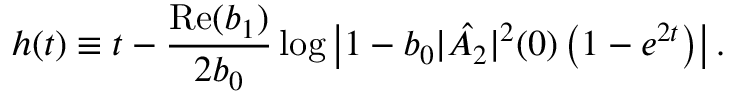
h ( t ) \equiv t - \frac { \mathrm { R e } ( b _ { 1 } ) } { 2 b _ { 0 } } \log \left| 1 - b _ { 0 } | \hat { A _ { 2 } } | ^ { 2 } ( 0 ) \left( 1 - e ^ { 2 t } \right) \right| .